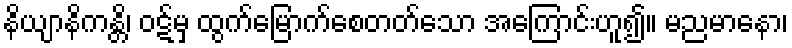
နိယျာနိကန္တိ၊ ဝဋ်မှ ထွက်မြောက်စေတတ်သော အကြောင်းဟူ၍။ မညမာနော၊